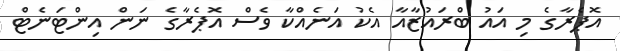
އޮޕެރާގެ މި އައު ބްރައުޒާއާ އެކު އަނެއްކާ ވެސް އޮޕެރާގެ ނަން އިންޓަނެޓް